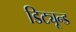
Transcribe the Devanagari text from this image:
डिट्यून्ड